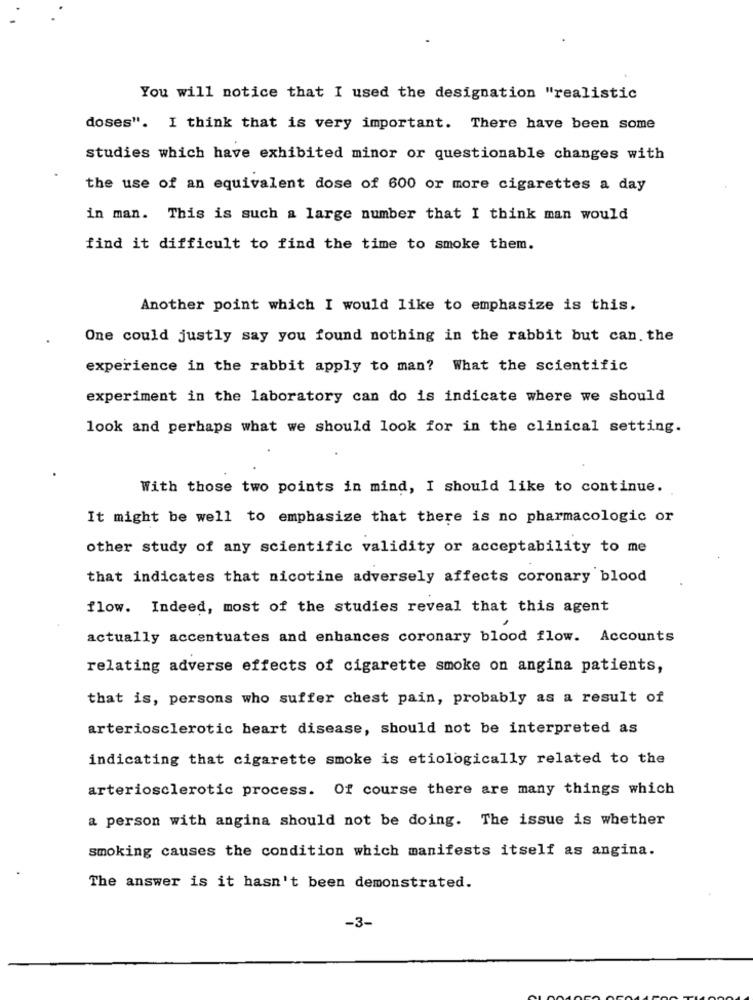
You will notice that I used the designation "realistic
doses". I think that is very important. There have been some
studies which have exhibited minor or questionable changes with
the use of an equivalent dose of 600 or more cigarettes a day
in man. This is such a large number that I think man would
find it difficult to find the time to smoke them.
Another point which I would like to emphasize is this.
One could justly say you found nothing in the rabbit but can. the
experience in the rabbit apply to man? What the scientific
experiment in the laboratory can do is indicate where we should
look and perhaps what we should look for in the clinical setting.
With those two points in mind, I should like to continue.
It might be well to emphasize that there is no pharmacologic or
other study of any scientific validity or acceptability to me
that indicates that nicotine adversely affects coronary blood
flow. Indeed, most of the studies reveal that this agent
actually accentuates and enhances coronary blood flow. Accounts
relating adverse effects of cigarette smoke on angina patients,
that is, persons who suffer chest pain, probably as a result of
arteriosclerotic heart disease, should not be interpreted as
indicating that cigarette smoke is etiologically related to the
arteriosclerotic process. Of course there are many things which
a person with angina should not be doing. The issue is whether
smoking causes the condition which manifests itself as angina.
The answer is it hasn't been demonstrated.
-3-